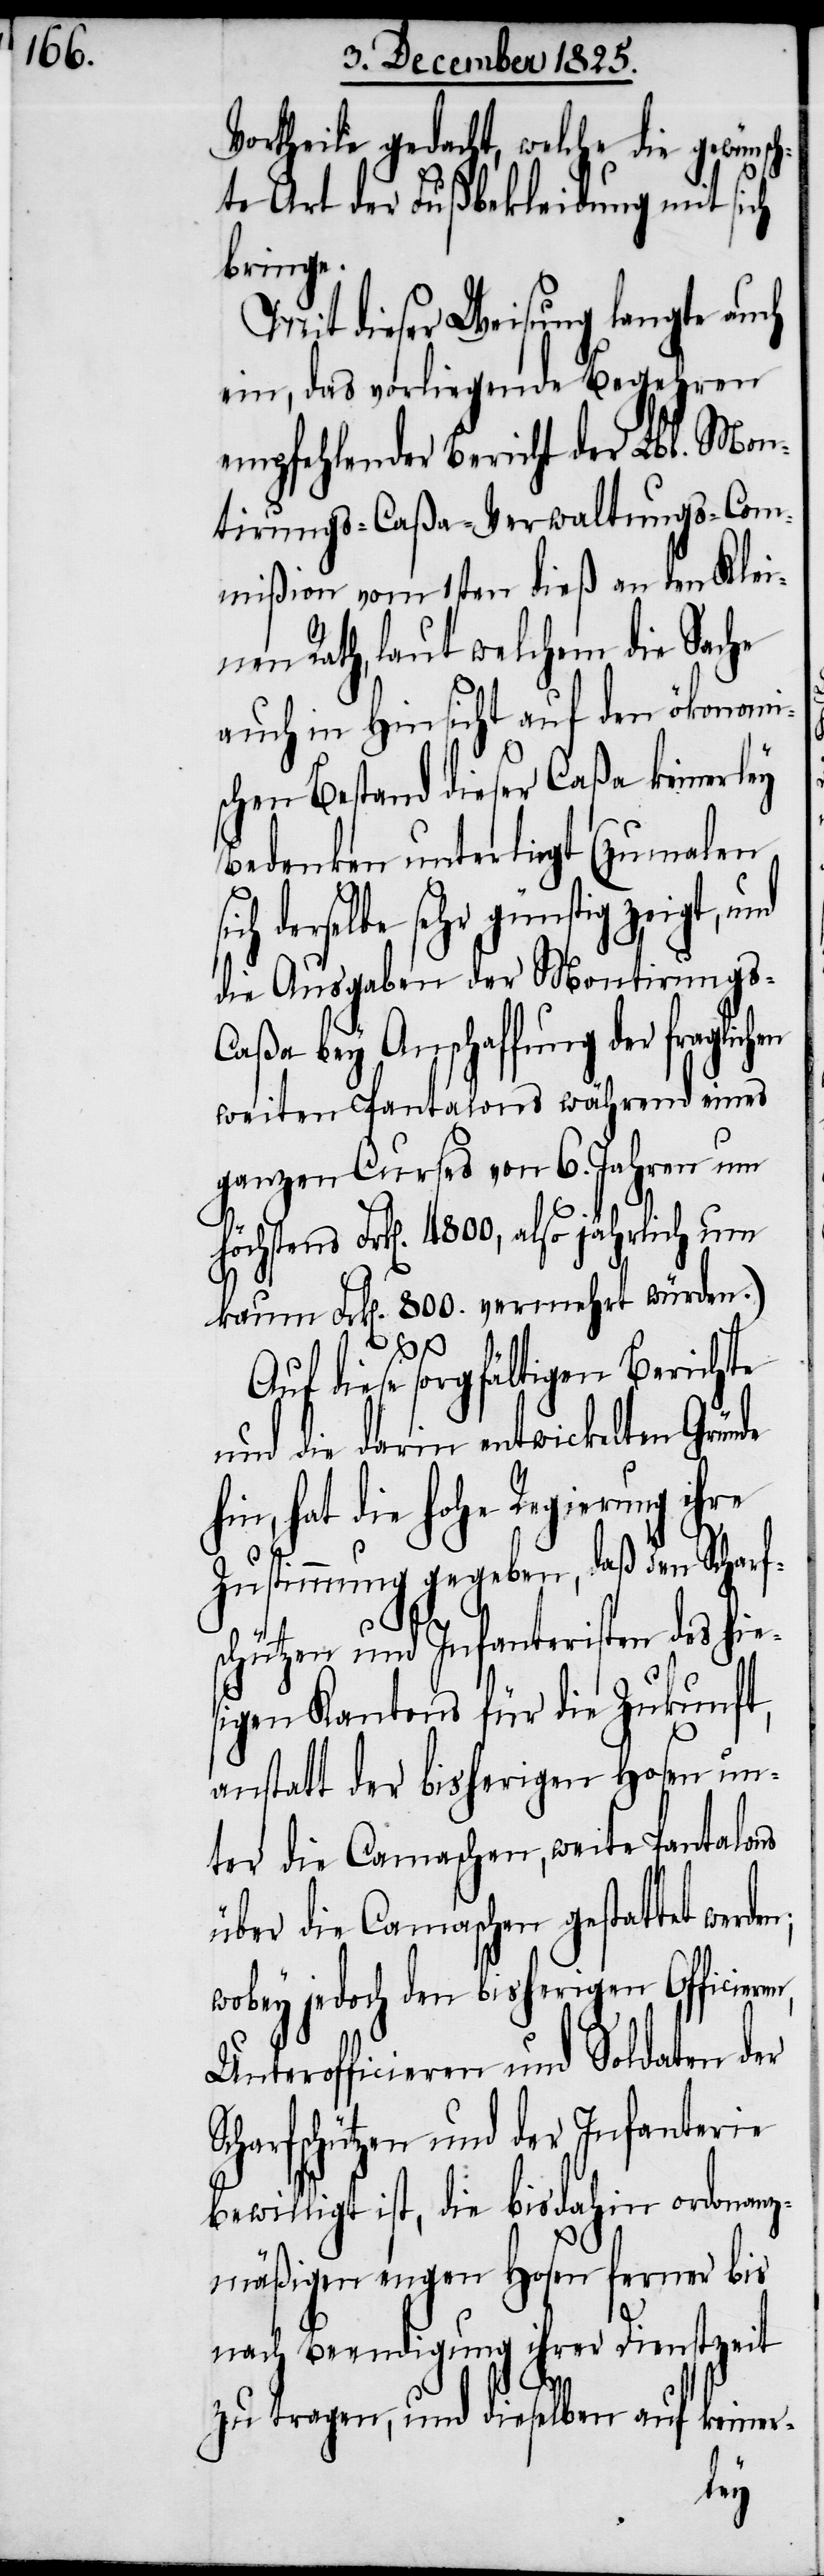
Vortheile gedacht, welche die gewünsc¬
hte Art der Fußbekleidung mit sich
bringe.
Mit dieser Weisung langte auch
ein, das vorliegende Begehren
empfehlender Bericht der Lbl. Mon¬
tirungs-Caßa-Verwaltungs-Com¬
mißion vom 1sten dieß an den Klei¬
nen Rath, laut welchem die Sache
auch hin Hinsicht auf den ökonomi¬
schen Bestand dieser Caßa keinerley
Bedenken unterliegt (zu malen
derselbe sehr günstig zeigt, und
die Ausgaben der Montirungs-C¬
aßa bey Anschaffung der fraglic¬
weiten Pantalons während eines
ganzen Curses von 6. Jahren um
chstens Frk[en]. 4800, also jährlich um
kaum Frk[en]. 800. vermehrt würden.)
Auf diese sorgfältigen Berichte
und die darin entwickelten Gründe
hin, hat die hohe Regierung ihre
Zustimmung gegeben, daß den Scharf¬
schützen und Infanteristen des hi¬
igen Kantons für die Zukunft,
anstatt der bisherigen Hosen un¬
ter die Camaschen, weite
über die Camaschen gestattet werde¬
wobey jedoch den bisherigen Officier¬
Unterofficieren und Soldaten der
charfschützen und der Infanterie
bewilligt ist, die bis dahin ordonanz¬
mäßigen engen Hosen ferner bis
nach Beendigung ihrer Dienstzeit
S¬
zu tragen, und dieselben auf keiner-
en,